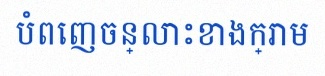
បំពេញចន្លោះខាងក្រោម